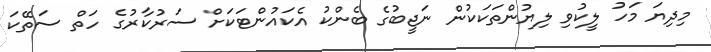
މިދިޔަ މަހު ލީކުވި ލިޔުންތަކަކުން ނަޖީބުގެ ބެންކު އެކައުންޓަކަށް ސަރުކާރުގެ ހަތް ސަތޭކަ